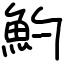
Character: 魡